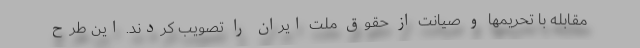
مقابله با تحریمها و صیانت از حقوق ملت ایران را تصویب کردند. این طرح